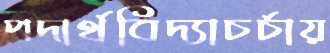
পদার্থবিদ্যাচর্চায়